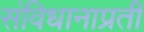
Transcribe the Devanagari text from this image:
संविधानाप्रती